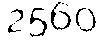
2560